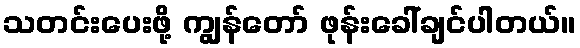
သတင်းပေးဖို့ ကျွန်တော် ဖုန်းခေါ်ချင်ပါတယ်။